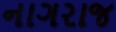
નાગરાજ